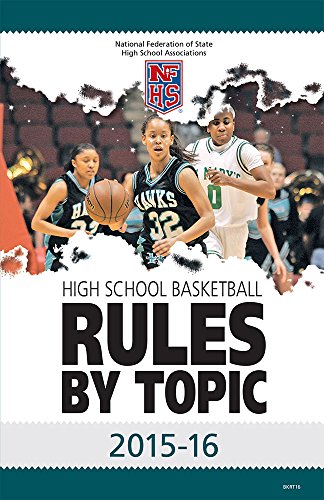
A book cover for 2015-16 NFHS Basketball Rules by Topic; National Federation of State High School Associations (NFHS); Sports & Outdoors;